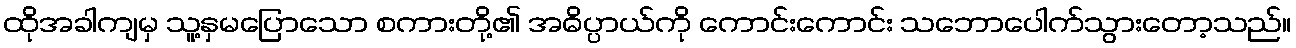
ထိုအခါကျမှ သူ့နှမပြောသော စကားတို့၏ အဓိပ္ပာယ်ကို ကောင်းကောင်း သဘောပေါက်သွားတော့သည်။